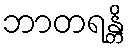
ဘာတရန္တိ